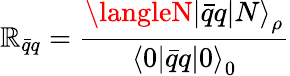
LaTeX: \mathbb{R}_{\bar{{q}}q}=\frac{{{{\langleN|\bar{{q}}q|N\rangle}_{\rho}}}}{{{\langle0|\bar{{q}}q|0\rangle}_{0}}}